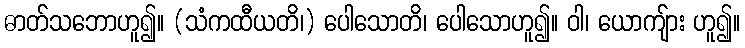
ဓာတ်သဘောဟူ၍။ (သံကထီယတိ၊) ပေါသောတိ၊ ပေါသောဟူ၍။ ဝါ၊ ယောကျ်ား ဟူ၍။